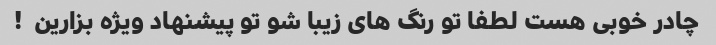
چادر خوبی هست لطفا تو رنگ های زیبا شو تو پیشنهاد ویژه بزارین  !